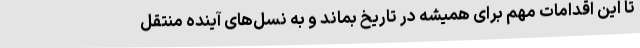
تا این اقدامات مهم برای همیشه در تاریخ بماند و به نسل‌های آینده منتقل